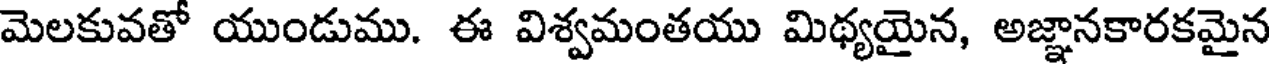
మెలకువతో యుండుము. ఈ విశ్వమంతయు మిథ్యయైన, అజ్ఞానకారకమైన